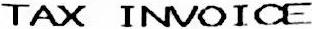
TAX INVOICE